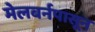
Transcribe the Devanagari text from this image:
मेलबर्नपासून